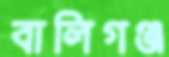
বালিগঞ্জ